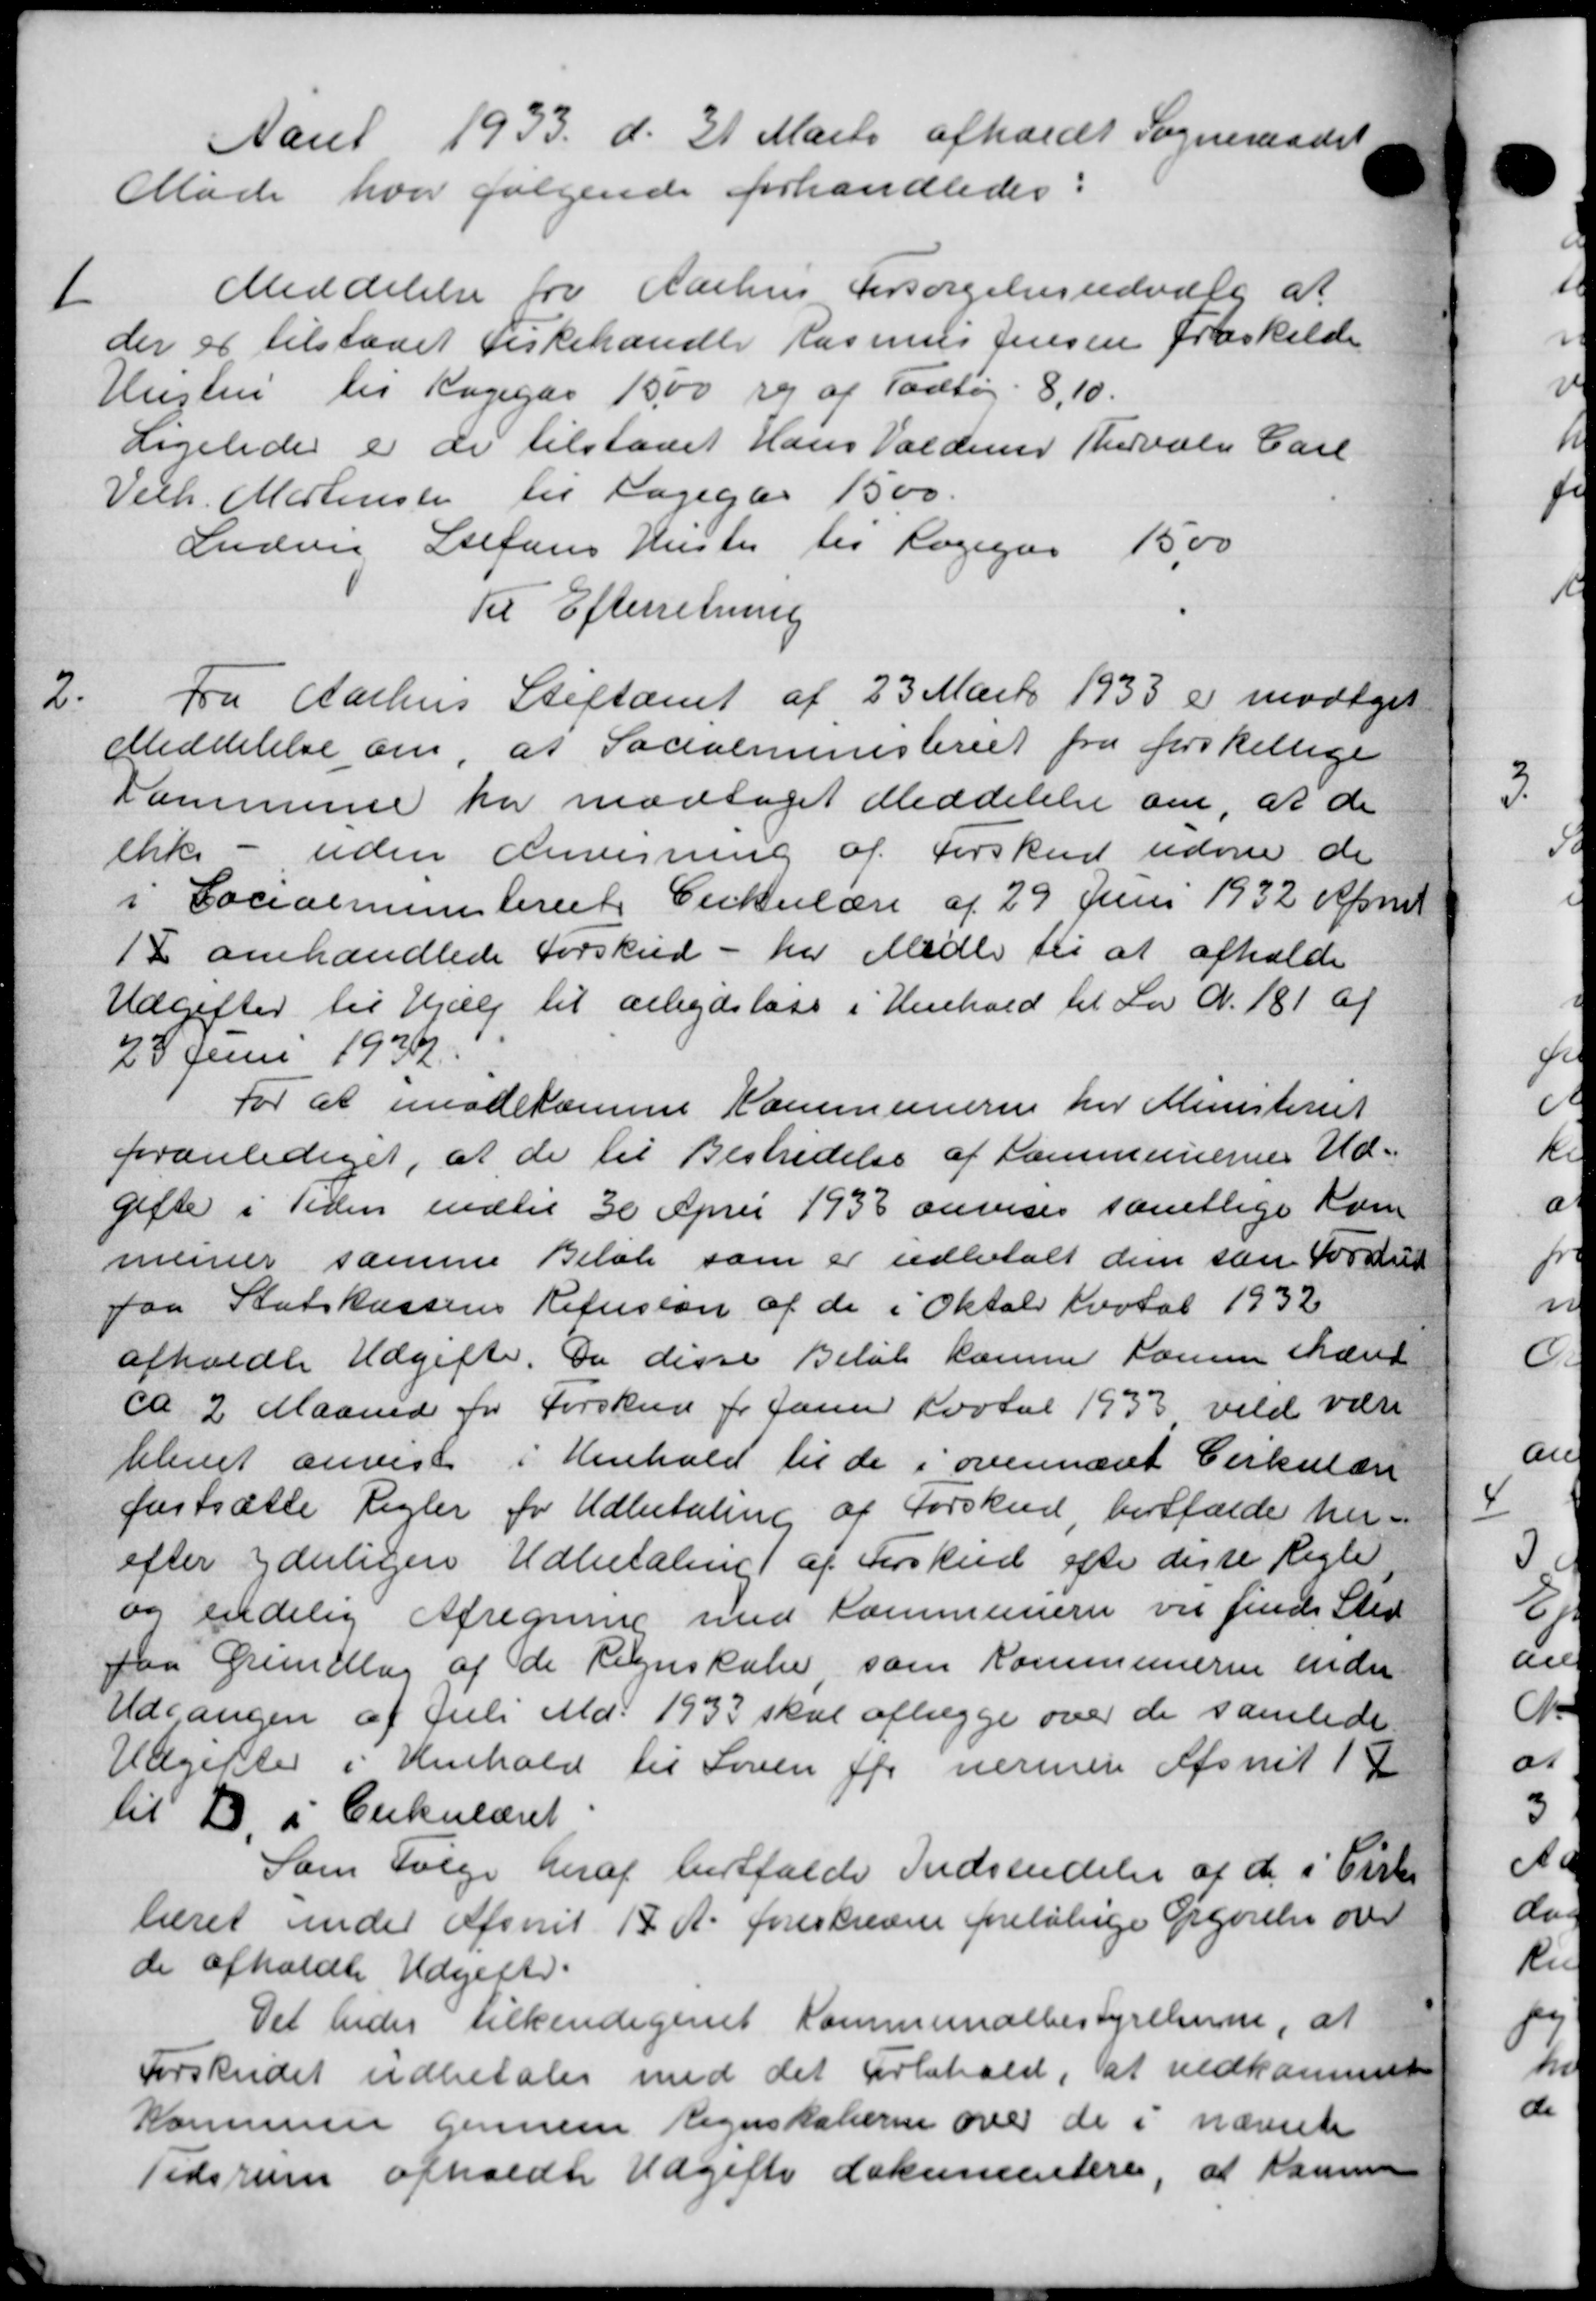
Transskription:
Aaret 1933 d. 31 Marts afholdt Sogneraadet
Møde hvor følgende forhandledes:
1
Meddelelse fra Aarhus Forsørgelsesudvalg at
der er tilstaaet Fiskehandle Rasmus Jensen fraskilde
Hustru til Kagegaa 1500 re af Todtøj 8,10.
Ligeledes er de tilstaaet Hans Valdemar Thorvald Carl
Vilh. Mortensen til Lægegår 1500.
Ludvig Stefans Hustru til Logegas 1500
Til Efterretning
2
fra Aarhus Stiftamt af 23 Marts 1933 er modtaget
Meddelelse om, at Socialministeriet fra forskellige
Kommune har modtaget Meddelelse om, at de
ikke - uden Anvisning af Forskud udene de
i Socialministeriets Cirkulære af 29 Juni 1932 April
18 omhandlede Forskud - har Midle til at afholde
Udgifter til Hjælp til arbejdsløse i Henhold til Lov N. 181 af
28 Juni 193
For at imødekomme Kommunerne her Ministeriet
foranlediget, at de til Bestridelse af Kommunernes Ud-
gifte i Tiden indtil 30 April 1933 anvises samtlige Kom
muner samme Beløb som er udbetalt dem som Forskud
paa Statskassens Refusion af de i Oktober Kvotal 1932
afholdte Udgifte. Da disse Beløb kammer komme skæret
ca. 2 Maaned for Forskud for Janur Portal 1933 vild være
blevet anvist i Henhold til de i ovennævt Cirkulære
fastsætte Regler for Udbetaling af Forskud bortfalde her-
efter yderligere Udbetaling af Forskud efter disse Regle
og endelig Afregning med Kommuner vil finde Sted
paa Grundlæg af de Regnskabe som Kommunerne ende
Udgangen af Juli Md. 1933 skal aflægge over de samlede
Udgifter i Henhold til Loven for nærmere Afsnit 18
til D. i Cirkulæret
Som Følge heraf bortfalde Indsendelse af de i Cirku
læret under Afsnit 18 A. foreskreven foreløbige Orgørelse over
de afholdte Udgifter.
Det bedes tilkendigenet Kommunalbestyrelserne, at
Forskudet udbetales med det Forbehold, at vedkommet
Kommunen gennem Regnskaberne over de i nævnte
Tidsrum afholdte Udgifte dokumentere, at kommen